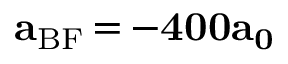
\mathbf { a _ { \mathrm { B F } } \, { = } \, { - } 4 0 0 a _ { 0 } }